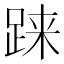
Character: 𫏌